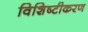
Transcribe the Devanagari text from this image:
विशिष्‍टीकरण